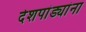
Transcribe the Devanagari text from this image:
देशपांड्यांना